Scottish Leaving Certificate Examination, 1958
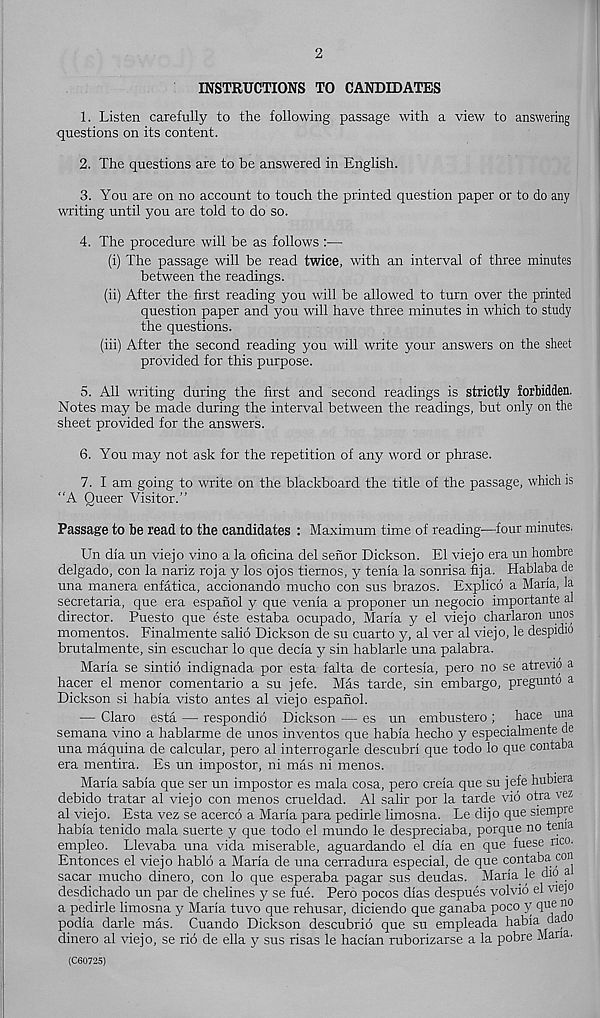
INSTRUCTIONS TO CANDIDATES
1. Listen carefully to the following passage with a view to answering
questions on its content.
2. The questions are to be answered in English.
3. You are on no account to touch the printed question paper or to do any
writing until you are told to do so.
4. The procedure will be as follows :—
(i) The passage will be read twice, with an interval of three minutes
between the readings.
(ii) After the first reading you will be allowed to turn over the printed
question paper and you will have three minutes in which to study
the questions.
(iii) After the second reading you will write your answers on the sheet
provided for this purpose.
5. All writing during the first and second readings is strictly forbidden.
Notes may be made during the interval between the readings, but only on the
sheet provided for the answers.
6. You may not ask for the repetition of any word or phrase.
7. I am going to write on the blackboard the title of the passage, which is
“A Queer Visitor.”
Passage to be read to the candidates : Maximum time of reading—four minutes.
Un dia un viejo vino a la oficina del senor Dickson. El viejo era un hombre
delgado, con la nariz roja y los ojos tiernos, y tenia la sonrisa fija. Hablaba de
una manera enfatica, accionando mucho con sus brazos. Explico a Maria, la
secretaria, que era espanol y que venia a proponer un negocio importante al
director. Puesto que este estaba ocupado, Maria y el viejo charlaron unos
momentos. Finalmente salid Dickson de su cuarto y, al ver al viejo, le despidio
brutalmente, sin escuchar lo que decla y sin hablarle una palabra.
Maria se sintio indignada por esta falta de cortesia, pero no se atrevio a
hacer el menor comentario a su jefe. Mas tarde, sin embargo, pregunto a
Dickson si habia visto antes al viejo espanol.
— Claro esta — respondio Dickson — es un embustero ; hace una
semana vino a hablarme de unos inventos que habia hecho y especialmente de
una maquina de calcular, pero al interrogarle descubri que todo lo que contaba
era mentira. Es un impostor, ni mas ni menos.
Maria sabia que ser un impostor es mala cosa, pero creia que su jefe hubxera
debido tratar al viejo con menos crueldad. Al salir por la tarde vio otra vez
al viejo. Esta vez se acercd a Maria para pedirle limosna. Le dijo que siempie
habia tenido mala suerte y que todo el mundo le despreciaba, porque no tenia
empleo. Llevaba una vida miserable, aguardando el dia en que fuese nco.
Entonces el viejo habld a Maria de una cerradura especial, de que contaba con
sacar mucho dinero, con lo que esperaba pagar sus deudas. Maria, le dio a
desdichado un par de chelines y se fue. Pero pocos dias despues volvio el viejo
a pedirle limosna y Maria tuvo que rehusar, diciendo que ganaba poco y que uo
podia darle mas. Cuando Dickson descubrio que su empleada habia da o
dinero al viejo, se rid de ella y sus risas le hacian ruborizarse a la pobre Maria.
(C60725)